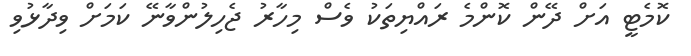
ކޮމެޓީ އަށް ދޭން ކޮންމެ ރައްޔިތަކު ވެސް މިހާރު ޖެހިލުންވާނޭ ކަމަށް ވިދާޅުވި